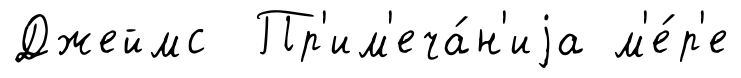
Джеймс Пр'им'еча́н'иjа м'е́р'е